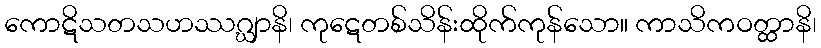
ကောဋိသတသဟဿဂ္ဃျာနိ၊ ကုဋေတစ်သိန်းထိုက်ကုန်သော။ ကာသိကဝတ္ထာနိ၊